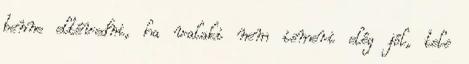
benne eltévedni, ha valaki nem ismeri elég jól, tele